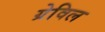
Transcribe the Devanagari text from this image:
ग्रेविल